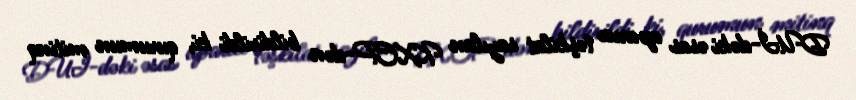
DUİ-dəki əsas aparıcı təşkilat sayılan KXCP-dən bildirildi ki, qurumun mitinq